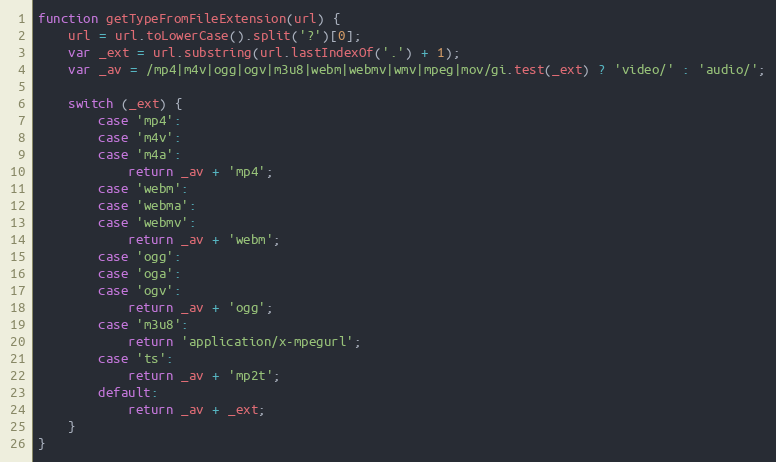
Language: JavaScript
function getTypeFromFileExtension(url) {
	url = url.toLowerCase().split('?')[0];
	var _ext = url.substring(url.lastIndexOf('.') + 1);
	var _av = /mp4|m4v|ogg|ogv|m3u8|webm|webmv|wmv|mpeg|mov/gi.test(_ext) ? 'video/' : 'audio/';

	switch (_ext) {
		case 'mp4':
		case 'm4v':
		case 'm4a':
			return _av + 'mp4';
		case 'webm':
		case 'webma':
		case 'webmv':
			return _av + 'webm';
		case 'ogg':
		case 'oga':
		case 'ogv':
			return _av + 'ogg';
		case 'm3u8':
			return 'application/x-mpegurl';
		case 'ts':
			return _av + 'mp2t';
		default:
			return _av + _ext;
	}
}